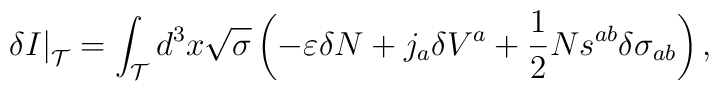
\left. \delta I\right| _{{\cal T}}=\int_{{\cal T}}d^{3}x\sqrt{\sigma }\left(-\varepsilon \delta N+j_{a}\delta V^{a}+\frac{1}{2}Ns^{ab}\delta \sigma_{ab}\right) ,